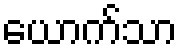
ယောက်သာ